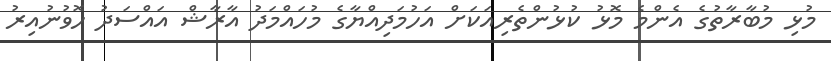
މުޅި މުބާރާތުގެ އެންމެ މޮޅު ކުޅުންތެރިއަކަށް އަހުމަދިއްޔާގެ މުހައްމަދު އާރާޝް އައްސަދު ހޮވުނުއިރު